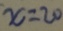
x = 2 0